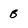
Character: B